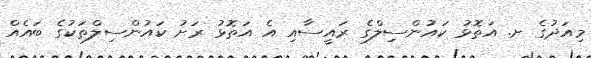
މިއަދުގެ ށ. އަތޮޅު ކައުންސިލްގެ ރައީސާއި އެ އަތޮޅު ރަށު ކައުންސިލްތަކުގެ ބައެއް